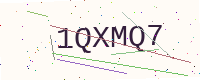
Text: 1QXMQ7